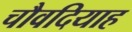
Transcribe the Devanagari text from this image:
चौवदियाह